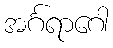
အင်္ဂရာဂေါ